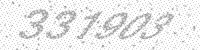
Solution: 331903